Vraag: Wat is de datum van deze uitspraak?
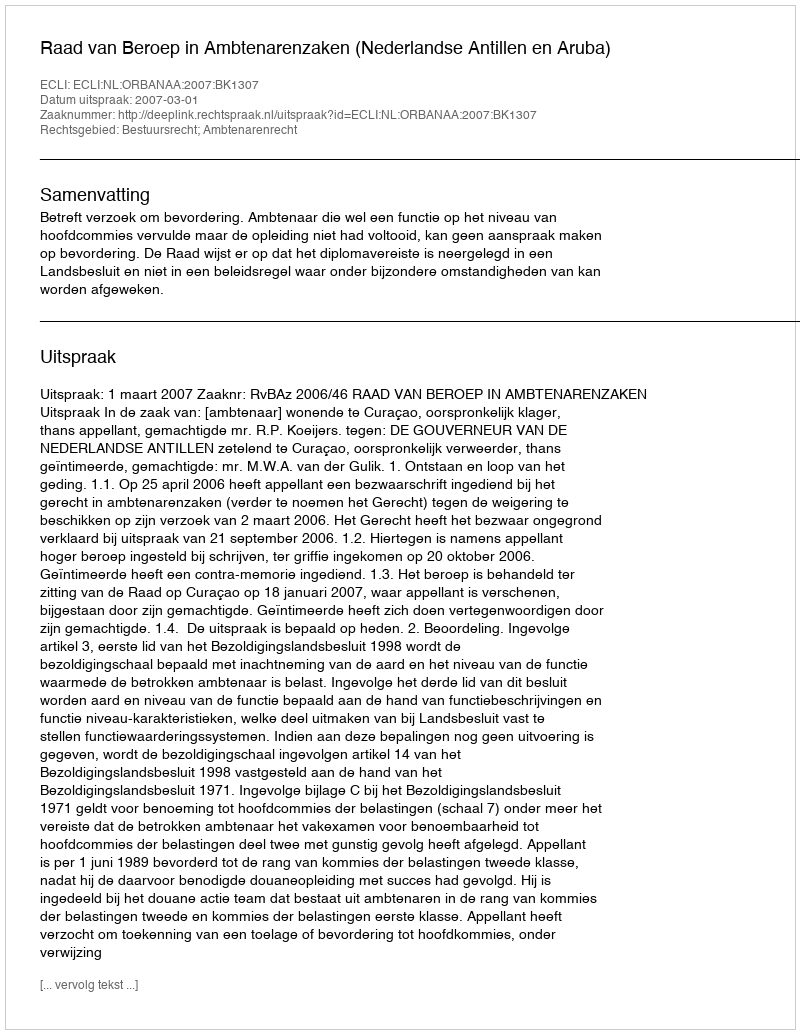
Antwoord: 2007-03-01